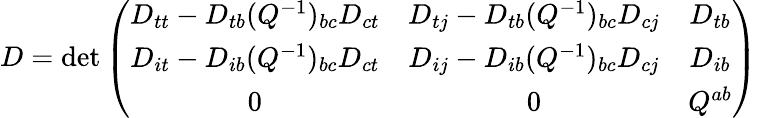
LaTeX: D=\operatorname*{det}\left(\begin{array}{ccc}{{D_{tt}-D_{tb}(Q^{-1})_{bc}D_{ct}}}&{{D_{tj}-D_{tb}(Q^{-1})_{bc}D_{cj}}}&{{D_{tb}}}\\ {{D_{it}-D_{ib}(Q^{-1})_{bc}D_{ct}}}&{{D_{ij}-D_{ib}(Q^{-1})_{bc}D_{cj}}}&{{D_{ib}}}\\ {{0}}&{{0}}&{{Q^{ab}}}\end{array}\right)